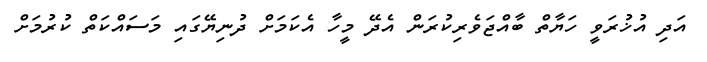
އަދި އުޚުރަވީ ހަޔާތް ބާއްޖަވެރިކުރަން އެދޭ މީހާ އެކަމަށް ދުނިޔޭގައި މަސައްކަތް ކުރުމަށް